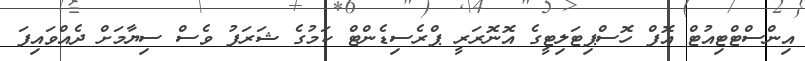
އިންސްޓްޓިއުޓް އޮފް ހޮސްޕިޓަލިޓީގެ އޮނޮރަރީ ޕްރެސިޑެންޓް ކަމުގެ ޝަރަފު ވެސް ސިޔާމަށް ދެއްވައިފަ